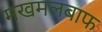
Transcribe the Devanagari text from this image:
मखमलबाफ